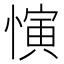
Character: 𪬦